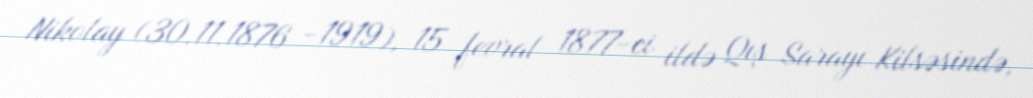
Nikolay (30.11.1876 -1919), 15 fevral 1877-ci ildə Qış Sarayı Kilsəsində,